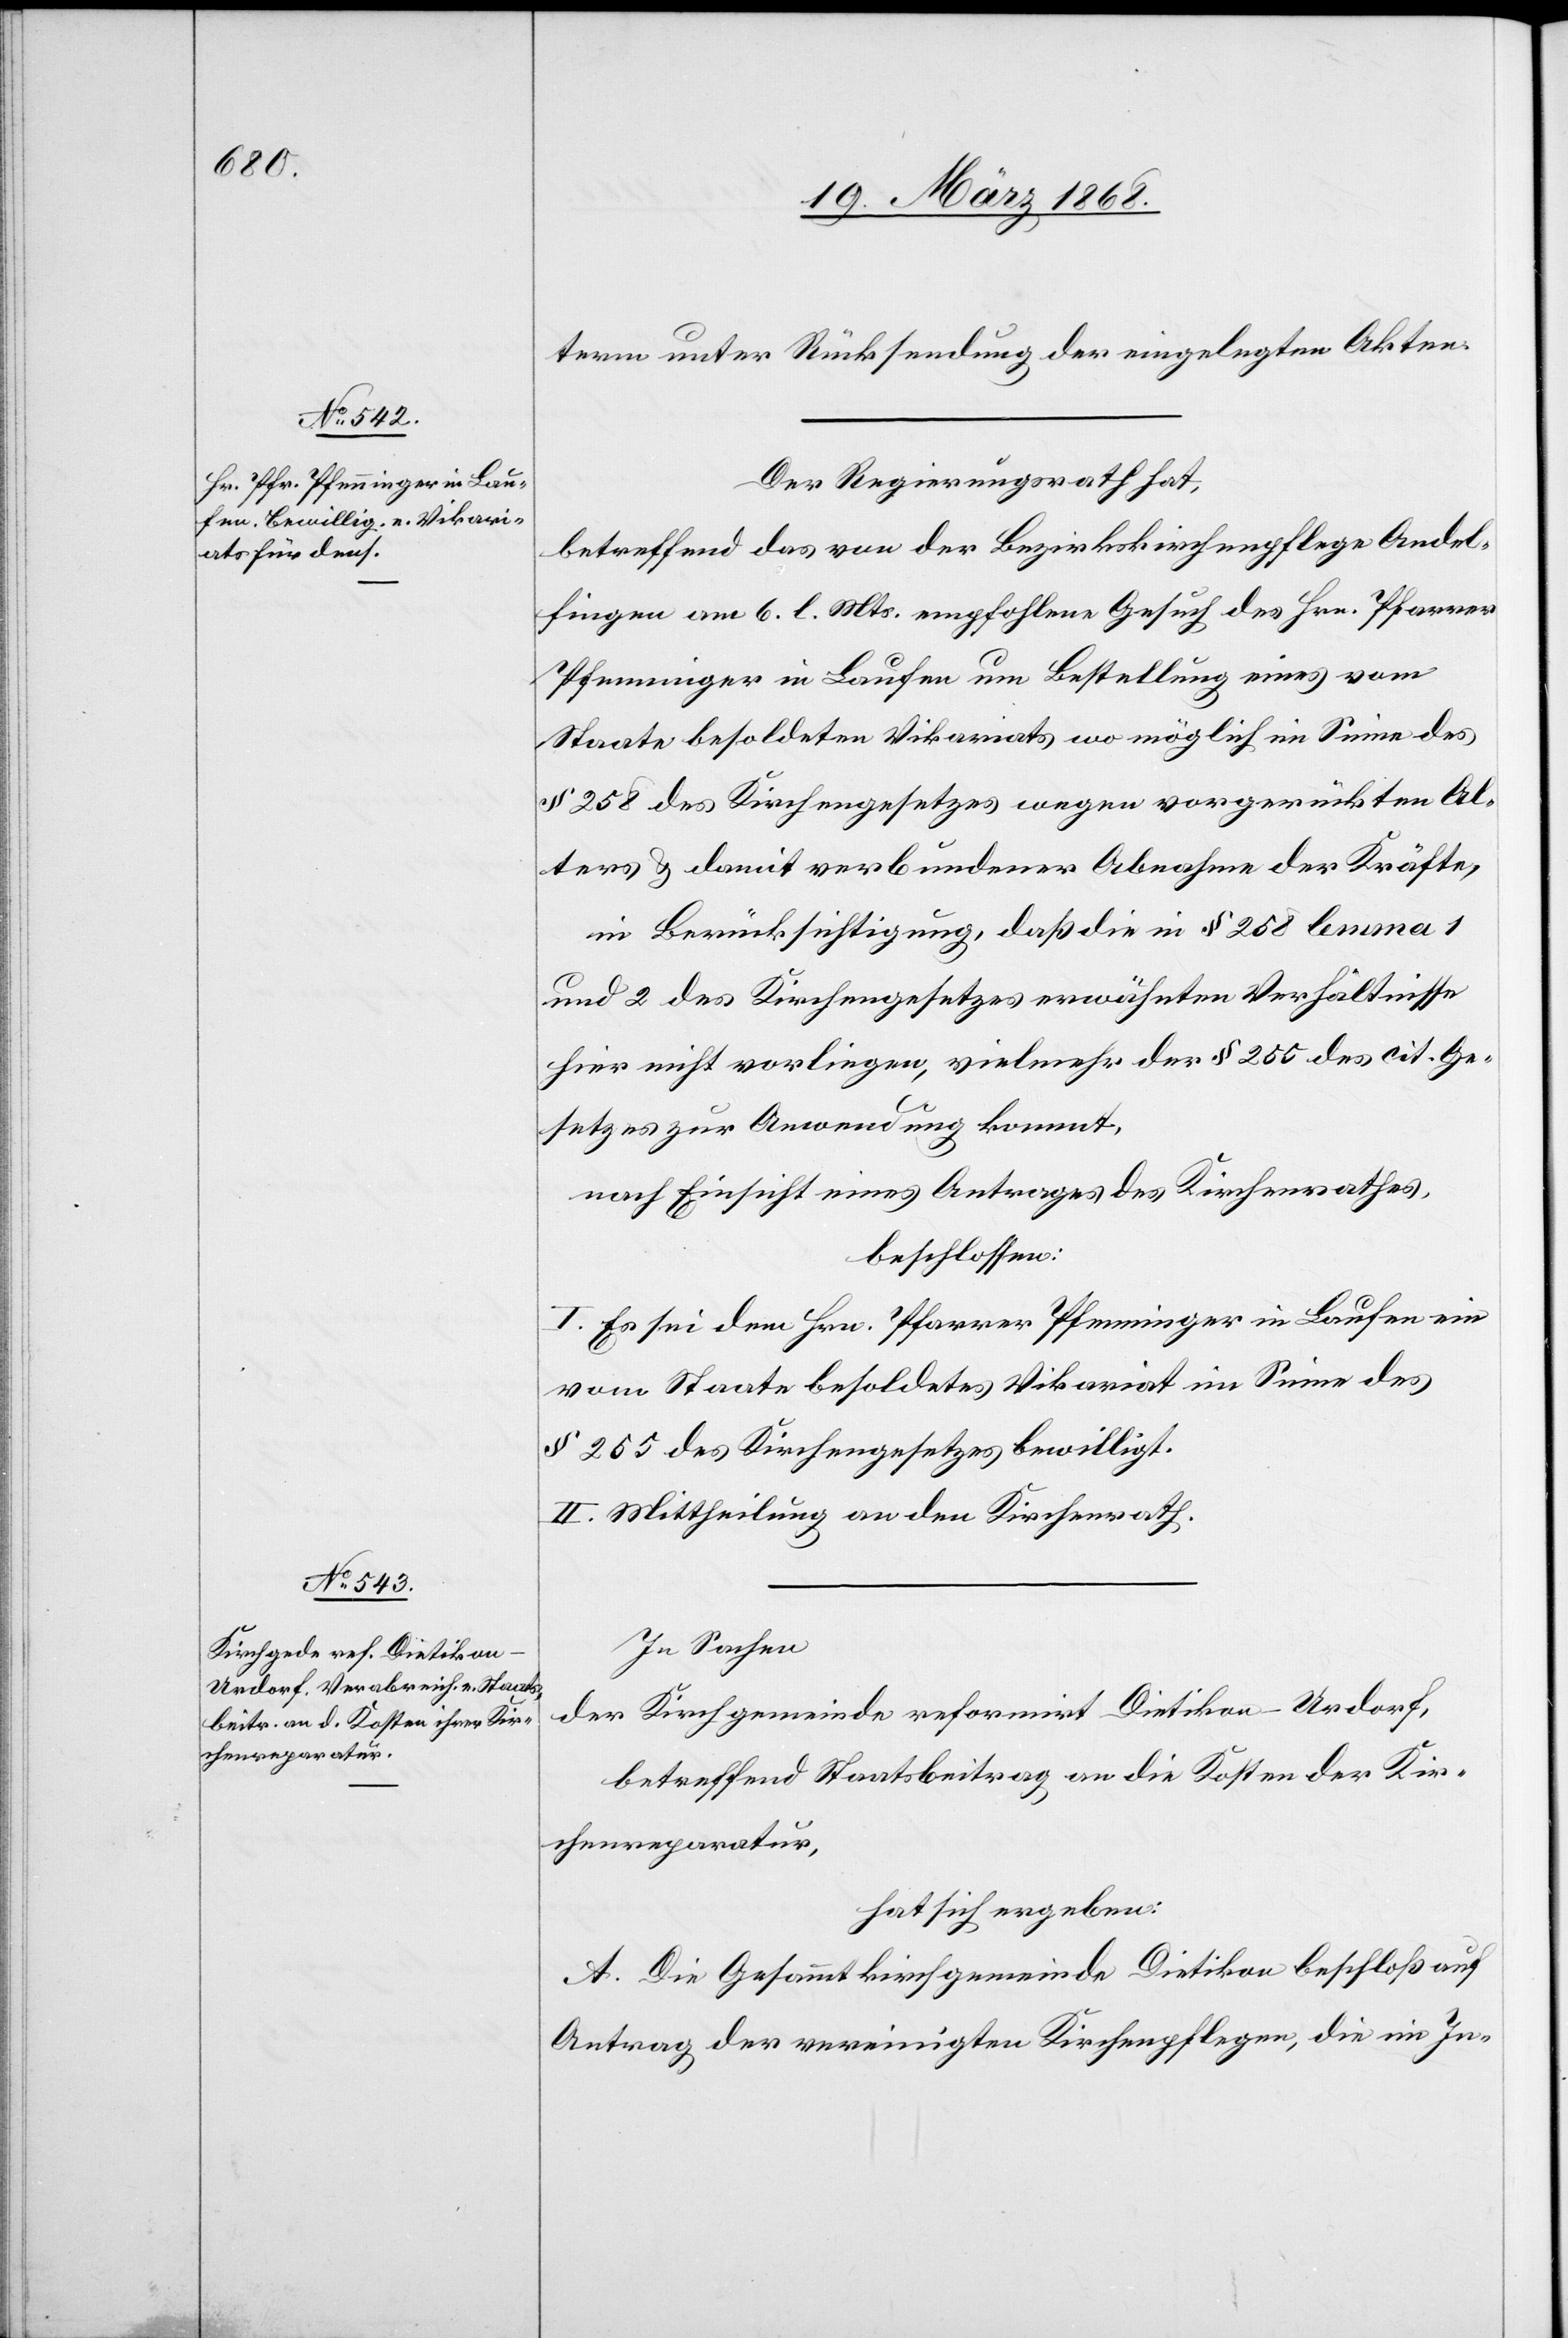
term unter Rücksendung der eingelegten Akten.
Der Regierungsrath hat,
betreffend das von der Bezirkskirchenpflege Andel¬
fingen am 6. l. Mts. empfohlene Gesuch des Hrn. Pfarrer
Pfenninger in Laufen um Bestellung eines vom
Staate besoldeten Vikariats wo möglich im Sinne des
§ 258 des Kirchengesetzes wegen vorgerückten Al¬
ters & damit verbundener Abnahme der Kräfte,
in Berücksichtigung, daß die in § 258 lemma 1
und 2 des Kirchengesetzes erwähnten Verhältnisse
hier nicht vorliegen, vielmehr der § 255 des cit. Ge¬
setzes zur Anwendung kommt,
nach Einsicht eines Antrages des Kirchenrathes,
beschlossen:
I. Es sei dem Hrn. Pfarrer Pfenninger in Laufen ein
vom Staate besoldetes Vikariat im Sinne des
§ 255 des Kirchengesetzes bewilligt.
II. Mittheilung an den Kirchenrath.
In Sachen
der Kirchgemeinde reformirt Dietikon-Urdorf,
betreffend Staatsbeitrag an die Kosten der Kir¬
chenreparatur,
hat sich ergeben:
A. Die Gesammtkirchgemeinde Dietikon beschloß auf
Antrag der vereinigten Kirchenpflegen, die im In-